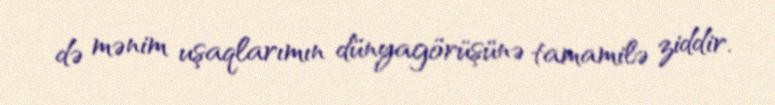
də mənim uşaqlarımın dünyagörüşünə tamamilə ziddir.